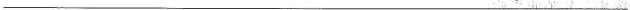
___